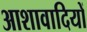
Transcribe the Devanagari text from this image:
आशावादियों